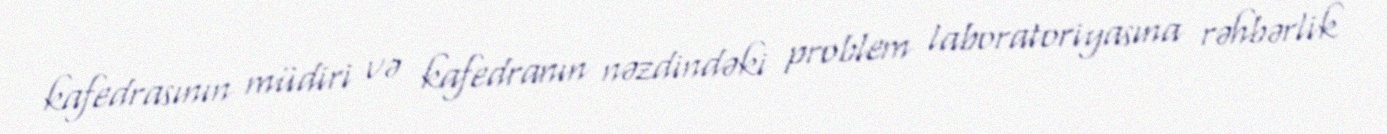
kafedrasının müdiri və kafedranın nəzdindəki problem laboratoriyasına rəhbərlik